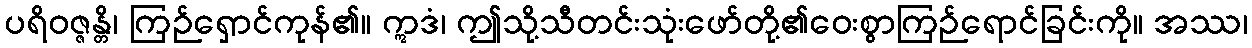
ပရိဝဇ္ဇန္တိ၊ ကြဉ်ရှောင်ကုန်၏။ ဣဒံ၊ ဤသို့သီတင်းသုံးဖော်တို့၏ဝေးစွာကြဉ်ရောင်ခြင်းကို။ အဿ၊